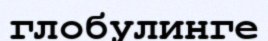
глобулинге